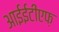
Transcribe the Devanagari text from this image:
आईईटीएफ़